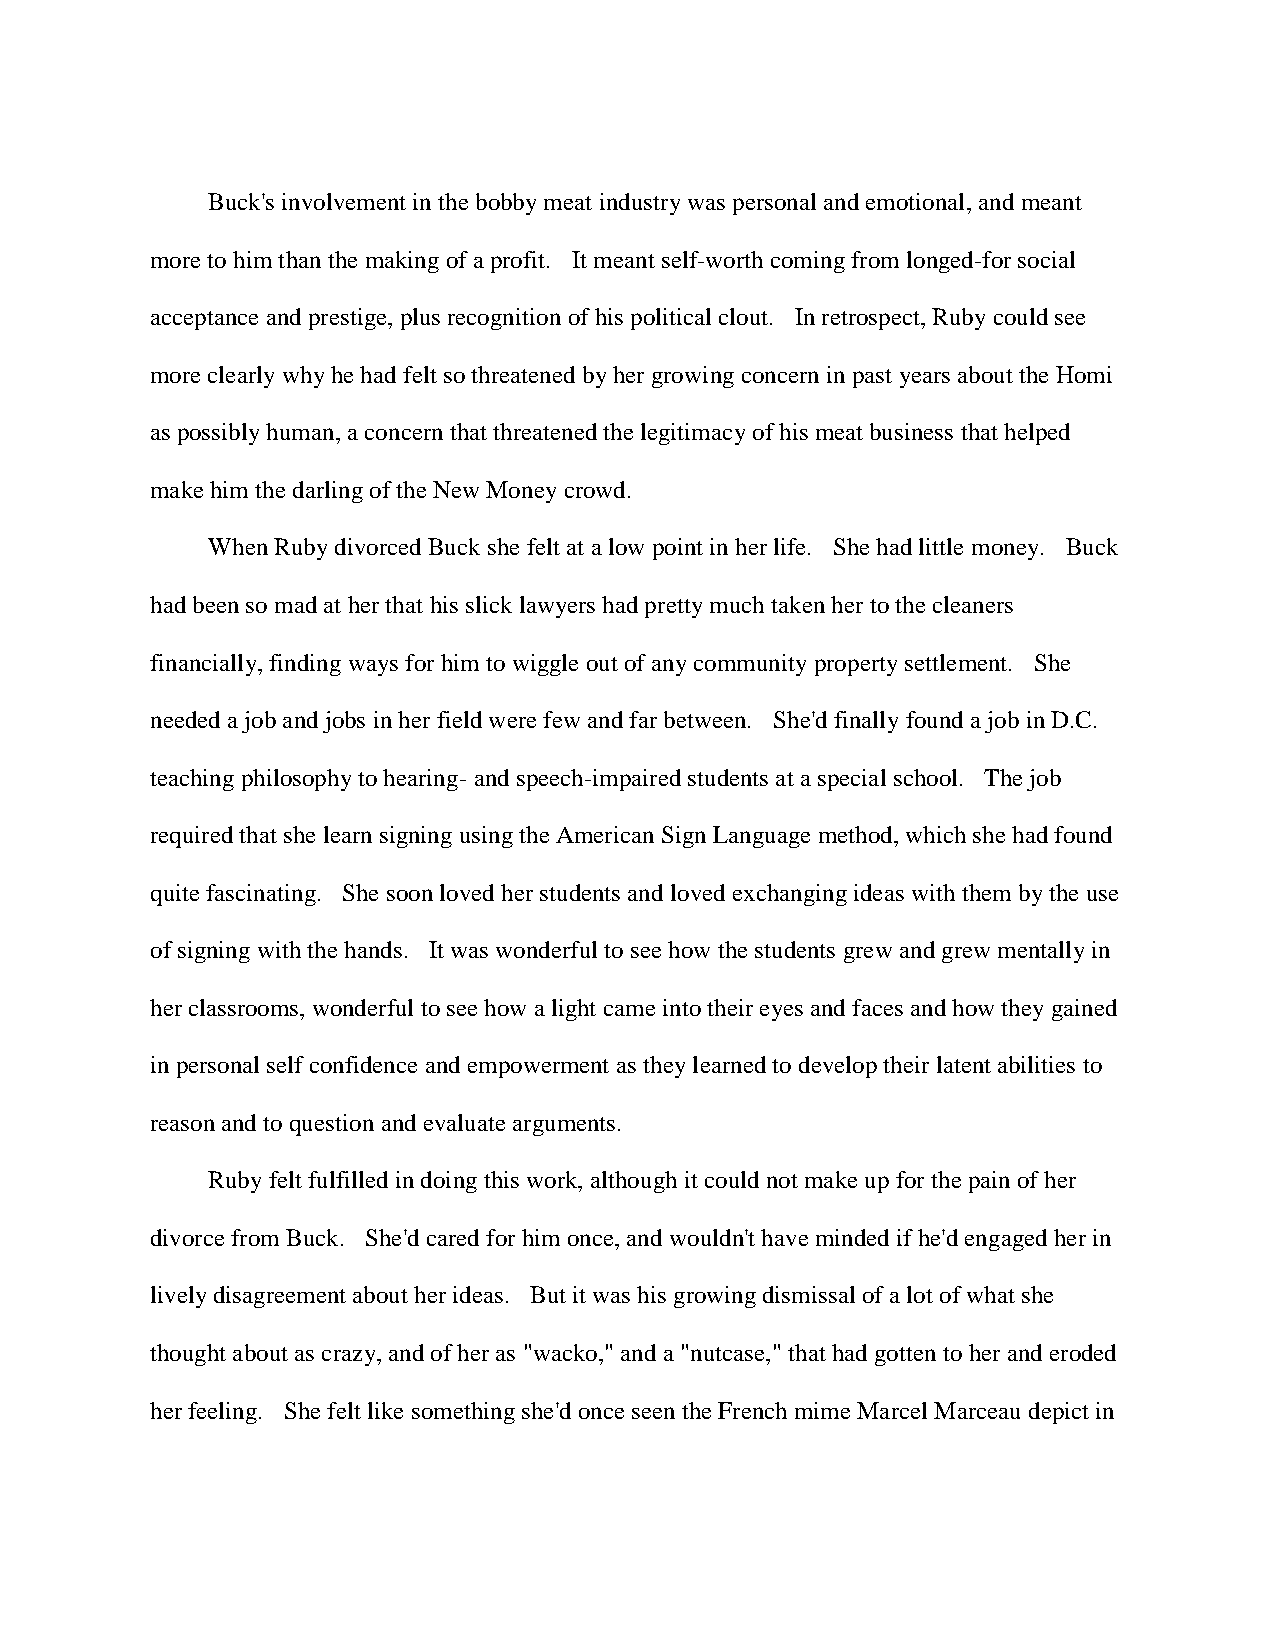
Buck's involvement in the bobby meat industry was personal and emotional, and meant
 more to him than the making of a profit. It meant self-worth coming from longed-for social
 acceptance and prestige, plus recognition of his political clout. In retrospect, Ruby could see
 more clearly why he had felt so threatened by her growing concern in past years about the Homi
 as possibly human, a concern that threatened the legitimacy of his meat business that helped
 make him the darling of the New Money crowd.
 When Ruby divorced Buck she felt at a low point in her life. She had little money. Buck
 had been so mad at her that his slick lawyers had pretty much taken her to the cleaners
 financially, finding ways for him to wiggle out of any community property settlement. She
 needed a job and jobs in her field were few and far between. She'd finally found a job in D.C.
 teaching philosophy to hearing- and speech-impaired students at a special school. The job
 required that she learn signing using the American Sign Language method, which she had found
 quite fascinating. She soon loved her students and loved exchanging ideas with them by the use
 of signing with the hands. It was wonderful to see how the students grew and grew mentally in
 her classrooms, wonderful to see how a light came into their eyes and faces and how they gained
 in personal self confidence and empowerment as they learned to develop their latent abilities to
 reason and to question and evaluate arguments.
 Ruby felt fulfilled in doing this work, although it could not make up for the pain of her
 divorce from Buck. She'd cared for him once, and wouldn't have minded if he'd engaged her in
 lively disagreement about her ideas. But it was his growing dismissal of a lot of what she
 thought about as crazy, and of her as "wacko," and a "nutcase," that had gotten to her and eroded
 her feeling. She felt like something she'd once seen the French mime Marcel Marceau depict in